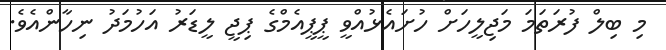
މި ބިލް ފުރަތަމަ މަޖިލީހަށް ހުށައެޅުއްވީ ޕީޕީއެމްގެ ޕިޖީ ލީޑަރު އަހުމަދު ނިހާންއެވެ.